Medical and sanitary report of the native army of Madras for the year
Year: 1877
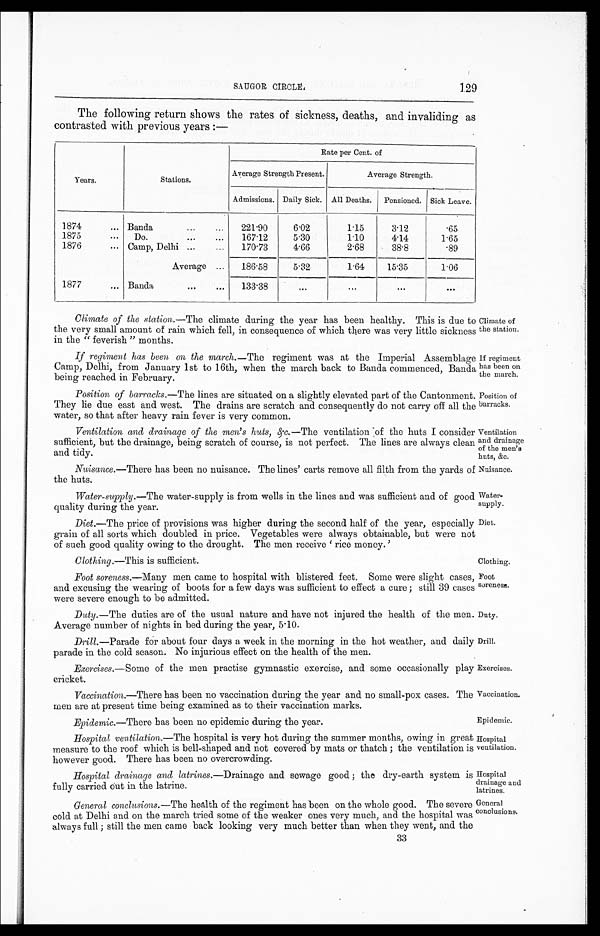
Climate of
the station.
If regiment
has been on
the march.
Position of
barracks.
Ventilation
and drainage
of the men's
huts, &c.
Water-
supply.
Diet.
Clothing. —This is sufficient.
Clothing.
Foot
soreness.
Duty.
Drill.
Exercises.
Vaccination.
Epidemic.
Hospital
ventilation.
f
C I R C L E .
1 2 9
The following return shows the rates of sickness, deaths, and invaliding as
contrasted with previous years :—
Years.
Stations.
Rate per Cent. of
Average Strength Present.
Average Strength.
Admissions. Daily Sick. All Deaths.
Pensioned. Sick Leave.
1874
... Banda
...
...
221.90
6.02
1.15
3.12
. 6 5
1875
...
Do.
...
...
167.12
5.30
1 . 1 0
4.14
1.65
1876
... Camp, Delhi ...
...
170.73
4.66
2.68
38.8
.89
Average ...
186.58
5.32
1.64
15.35
1.06
1877
... Banda
...
...
133.38
...
...
. . .
. . .
Climate of the station. —The climate during the year has been healthy. This is due to
the very small amount of rain which fell, in consequence of which there was very little sickness
in the " feverish " months.
If regiment has been on the march.—The regiment was at the Imperial Assemblage
Camp, Delhi, from January 1st to 16th, when the march back to Banda commenced, Banda
being reached in February.
Position of barracks. —The lines are situated on a slightly elevated part of the Cantonment.
They lie due east and west. The drains are scratch and consequently do not carry off all the
water, so that after heavy rain fever is very Common.
Ventilation and drainage of the men's huts, &c.—The ventilation of the huts I consider
sufficient, but the drainage, being scratch of course, is not perfect. The lines are always clean
and tidy.
Nuisance. —There has been no nuisance. The lines' carts remove all filth from the yards of
the huts.
Nuisance
.
Water-supply. —The water-supply is from wells in the lines and was sufficient and of good
quality during the year.
Diet.—The price of provisions was higher during the second half of the year, especially
grain of all sorts which doubled in price. Vegetables were always obtainable, but were not
of such good quality owing to the drought. The men receive ' rice money.'
Foot soreness. —Many men came to hospital with blistered feet. Some were slight cases,
and excusing the wearing of boots for a few days was sufficient to effect a cure ; still 39 cases
were severe enough to be admitted.
Duty. —The duties are of the usual nature and have not injured the health of the men
Average number of nights in bed during the year, 5.10.
Drill. —Parade for about four days a week in the morning in the hot weather, and daily
parade in the cold season. No injurious effect on the health of the men.
Exercises. —Some of the men practise gymnastic exercise, and some occasionally
play Cricket.
Vaccination. —There has been no vaccination during the year and no small-pox cases. The
men are at present time being examined as to their vaccination marks.
Epidemic. —There has been no epidemic during the year.
Hospital ventilation. —The hospital is very hot during the summer months, owing in great
measure to the roof which is bell-shaped and not covered by mats or thatch ; the ventilation is
however good. There has been no overcrowding.
Hospital
drainage and
latrines.
Hospital drainage and latrines. —Drainage and sewage good ; the dry-earth system
is fully carried out in the latrine.
General conclusions.
General conclusions. —The health of the regiment has been on the whole good. The severe
cold at Delhi and on the march tried some of the weaker ones very much, and the hospital was
always full ; still the men came back looking very much better than when they went, and the 3 3
33